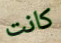
كانت